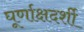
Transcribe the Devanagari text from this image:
घूर्णाक्षदर्शी